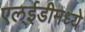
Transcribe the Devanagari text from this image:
एल्ईडीमध्ये